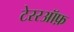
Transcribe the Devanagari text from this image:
टेररऑफ़